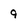
Character: 9